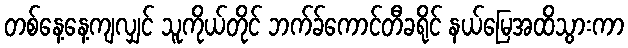
တစ်နေ့နေ့ကျလျှင် သူကိုယ်တိုင် ဘက်ခ်ကောင်တီခရိုင် နယ်မြေအထိသွားကာ